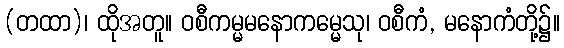
(တထာ)၊ ထိုအတူ။ ဝစီကမ္မမနောကမ္မေသု၊ ဝစီကံ, မနောကံတို့၌။